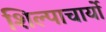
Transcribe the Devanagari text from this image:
शिल्पाचार्यो